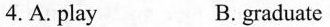
4.A.play B.grauate